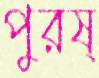
পুরষ্